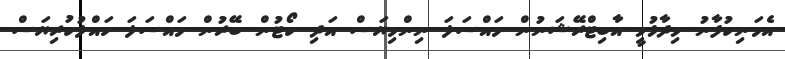
އެމަނިކުފާނު ވިދާޅުވީ އާބިޓްރޭޝަނުން މައްސަލަ ނިންމިޔަސް އަދި ކޯޓުން ބޭރުން މައްސަލަ ހައްލުކުރިޔަސް